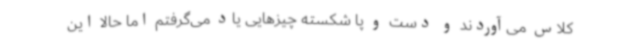
کلاس می‌آوردند و دست و پا شکسته چیزهایی یاد می‌گرفتم اما حالا این